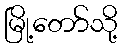
မြို့တော်သို့